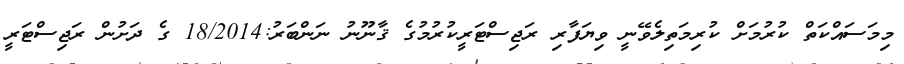
މިމަސައްކަތް ކުރުމަށް ކުރިމަތިލެވޭނީ ވިޔަފާރި ރަޖިސްޓަރީކުރުމުގެ ޤާނޫނު ނަންބަރު:18/2014 ގެ ދަށުން ރަޖިސްޓަރީ